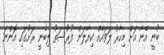
ބުނީ އޭނާ އަށް މިހާރު ލަވައެއް ކިޔާލަން ފުރުސަތު ލިބެނީ ރަށުގައި އޮންނަ